Report on vaccination in the Province of Bengal - 1869-1873
Year: 1869
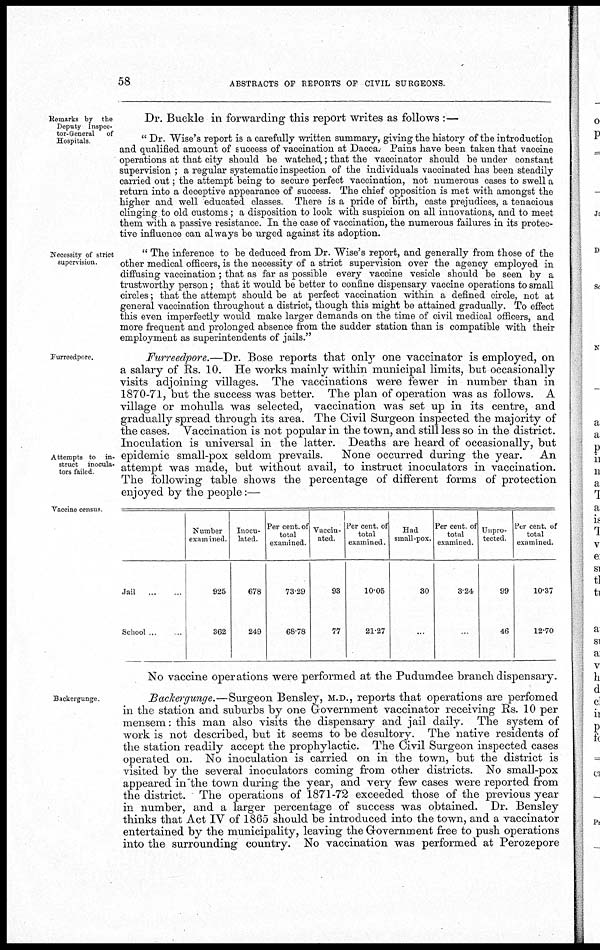
58
ABSTRACTS OF REPORTS OF CIVIL SURGEONS.
Remarks by the
Deputy Inspec-
tor-General of
Hospitals
Dr. Buckle in forwarding this report writes as follows :—
" Dr. Wise's report is a carefully written summary, giving the history of the introduction
and qualified amount of success of vaccination at Dacca. Pains have been taken that vaccine
operations at that city should be watched,; that the vaccinator should be under constant
supervision ; a regular systematic inspection of the individuals vaccinated has been steadily
carried out; the attempt being to secure perfect vaccination, not numerous cases to swell a
return into a deceptive appearance of success. The chief opposition is met with amongst the
higher and well educated classes. There is a pride of birth, caste prejudices, a tenacious
clinging to old customs ; a disposition to look with suspicion on all innovations, and to meet
them with a passive resistance. In the case of vaccination, the numerous failures in its protec-
tive influence can always be urged against its adoption.
Necessity of strict
supervision.
" The inference to be deduced from Dr. Wise's report, and generally from those of the
other medical officers, is the necessity of a strict supervision over the agency employed in
diffusing vaccination; that as far as possible every vaccine vesicle should be seen by a
trustworthy person; that it would be better to confine dispensary vaccine operations to small
circles; that the attempt should be at perfect vaccination within a defined circle, not at
general vaccination throughout a district, though this might be attained gradually. To effect
this even imperfectly would make larger demands on the time of civil medical officers, and
more frequent and prolonged absence from the sudder station than is compatible with their
employment as superintendents of jails."
Furreedpore.
Attempts to in-
struct inocula-
tors failed
Furreedpore.—Dr. Bose reports that only one vaccinator is employed, on
a salary of Rs. 10. He works mainly within municipal limits, but occasionally
visits adjoining villages. The vaccinations were fewer in number than in
1870-71, but the success was better. The plan of operation was as follows. A
village or mohulla was selected, vaccination was set up in its centre, and
gradually spread through its area. The Civil Surgeon inspected the majority of
the cases. Vaccination is not popular in the town, and still less so in the district.
Inoculation is universal in the latter. Deaths are heard of occasionally, but
epidemic small-pox seldom prevails.
None occurred during the year.
An
attempt was made, but without avail, to instruct inoculators in vaccination.
The following table shows the percentage of different forms of protection
enjoyed by the people:—
Vaccine census.
Jail
...
School ...
Number
examined.
925
362
Inocu-
lated.
678
249
Per cent. of
total
examined.
73.29
68.78
Vaccin-
ated.
93
77
Per cent. of
total
examined.
10.05
21.27
Had
small-pox.
30
...
Per cent of
total
examined.
3.24
...
Unpro-
tected
99
46
Per cent. of
total
examined.
10.37
12.70
No vaccine operations were performed at the Pudumdee branch dispensary.
Backergunge.
Backergunge.—Surgeon
Bensley, M.D., reports that operations are perfomed
in the station and suburbs by one Government vaccinator receiving Rs. 10 per
mensem: this man also visits the dispensary and jail daily. The system of
work is not described, but it seems to be desultory. The native residents of
the station readily accept the prophylactic. The Civil Surgeon inspected cases
operated on. No inoculation is carried on in the town, but the district is
visited by the several inoculators coming from other districts. No small-pox
appeared in the town during the year, and very few cases were reported from
the district. The operations of 1871-72 exceeded those of the previous year
in number, and a larger percentage of success was obtained. Dr. Bensley
thinks that Act IV of 1865 should be introduced into the town, and a vaccinator
entertained by the municipality, leaving the Government free to push operations
into the surrounding country. No vaccination was performed at Perozepore